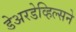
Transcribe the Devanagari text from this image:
डेअरडेव्हिल्सने